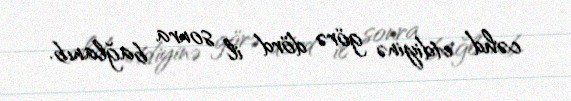
cəhd etdiyinə görə dörd il sonra bağlanıb.